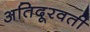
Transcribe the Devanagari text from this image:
अतिदूरवर्ती